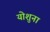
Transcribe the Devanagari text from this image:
योशुना